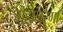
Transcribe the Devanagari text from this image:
महानरेगा